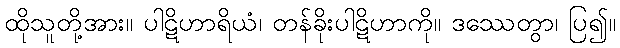
ထိုသူတို့အား။ ပါဋိဟာရိယံ၊ တန်ခိုးပါဋိဟာကို။ ဒဿေတွာ၊ ပြ၍။